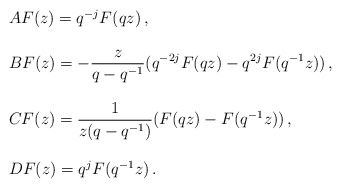
\begin{align*}\begin{array}{l}AF(z)=q^{-j}F(qz)\,, \\ \\BF(z)=-\displaystyle{ \frac{z}{q-q^{-1}} }(q^{-2j}F(qz)-q^{2j}F(q^{-1}z))\,,\\ \\CF(z)=\displaystyle{ \frac{1}{z(q-q^{-1})}} (F(qz)-F(q^{-1}z))\,, \\ \\DF(z)=q^{j}F(q^{-1}z)\,.\end{array}\end{align*}